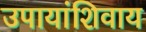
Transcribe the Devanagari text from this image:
उपायांशिवाय